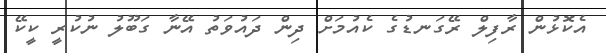
އެކޮޅުން ރާފިލް ރޭގަނޑުގެ ކެއުމަށް ދިން ދައުވަތު އޭނާ ގަބޫލު ނުކުރީ ކީކޭ